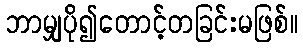
ဘာမျှပို၍တောင့်တခြင်းမဖြစ်။